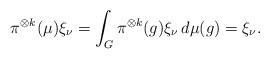
LaTeX: \begin{align*}\pi^{\otimes k}(\mu) \xi_\nu= \int_G \pi^{\otimes k}(g) \xi_\nu \, d\mu(g) = \xi_\nu.\end{align*}